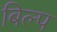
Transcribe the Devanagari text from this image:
बिल्प